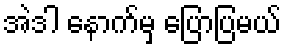
အဲဒါ နောက်မှ ပြောပြမယ်